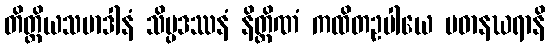
တိတ္ထိယသမာဒါနံ သိပ္ပဒဿနံ နိတ္တိဏံ ကထိတဥပါယေ ပဓာနဃရာနိ